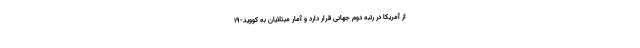
از آمریکا در رتبه دوم جهانی قرار دارد و آمار مبتلایان به کووید-۱۹